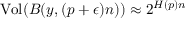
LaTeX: { \mathrm { V o l } } ( B ( y , ( p + \epsilon ) n ) ) \approx 2 ^ { H ( p ) n }